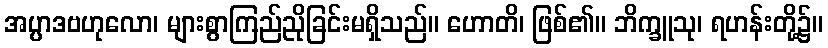
အပ္ပာဒဗဟုလော၊ များစွာကြည်ညိုခြင်းမရှိသည်။ ဟောတိ၊ ဖြစ်၏။ ဘိက္ခူသု၊ ရဟန်းတို့၌။